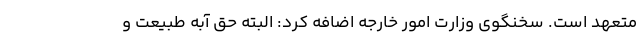
متعهد است. سخنگوی وزارت امور خارجه اضافه کرد: البته حق آبه طبیعت و